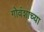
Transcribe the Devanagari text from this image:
गोवंशाच्या